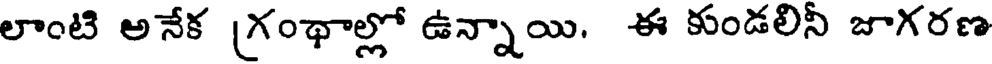
లాంటి అనేక (గంథాల్లో ఉన్నాయి. ఈ కుండలినీ జాగరణ